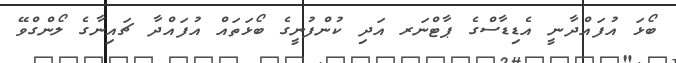
ބޯޅަ އުފައްދާނީ އެޑިޑާސްގެ ޕާޓްނަރ އަދި ކުންފުނީގެ ބޯޅަތައް އުފައްދާ ޗައިނާގެ ލޯންގްވޭ